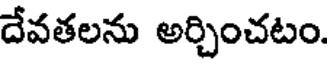
దేవతలను అర్చించటం.